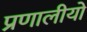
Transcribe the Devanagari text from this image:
प्रणालीयो